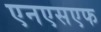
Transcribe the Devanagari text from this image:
एनएसएफ